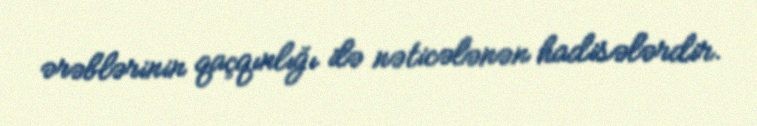
ərəblərinin qaçqınlığı ilə nəticələnən hadisələrdir.